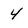
Character: 4